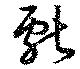
獻